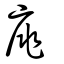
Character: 庣